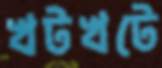
খটখটে